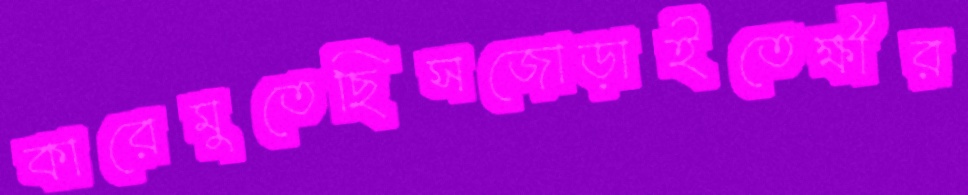
কারেমুতেছিসজোড়াইতেক্ষীর